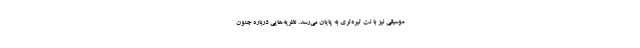
موسیقی نیز با نت تیره‌تری به پایان می‌رسد. نظریه‌هایی درباره جنون